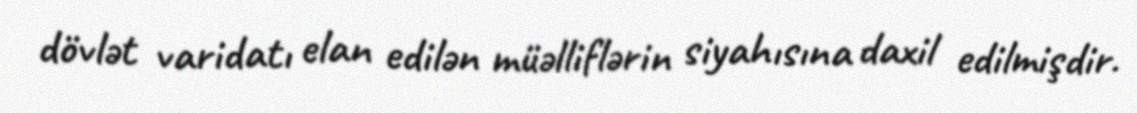
dövlət varidatı elan edilən müəlliflərin siyahısına daxil edilmişdir.